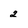
Character: 2